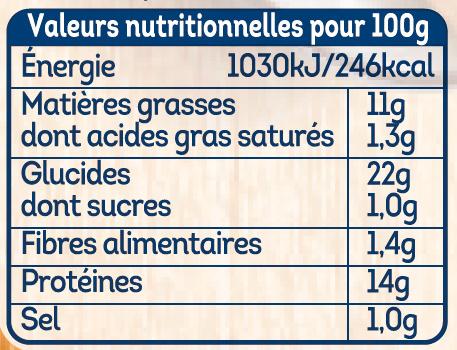
Valeurs nutritionnelles pour 100g Énergie Matières grasses dont acides gras saturés 1,39 Glucides dont sucres Fibres alimentaires Protéines Sel
1030KJ/246kcal
22g 1,0g 1.4g 14g | 1,0g